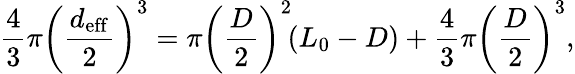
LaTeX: \frac{4}{3}\pi\left(\frac{d_{\mathrm{eff}}}{2}\right)^{3}=\pi\left(\frac{D}{2}\right)^{2}\! (L_{0}-D)+\frac{4}{3}\pi\left(\frac{D}{2}\right)^{3},